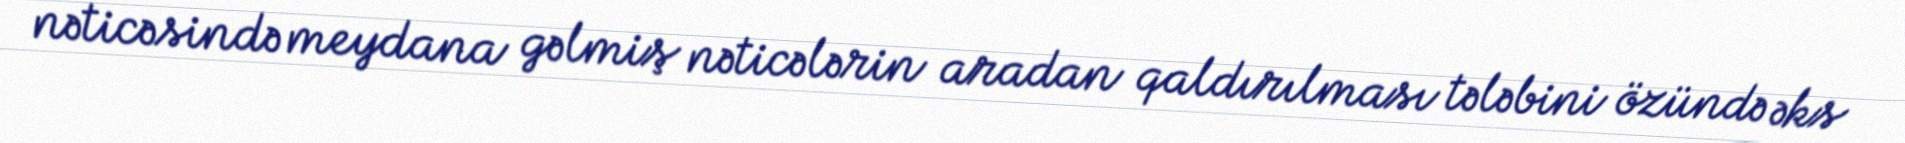
nəticəsində meydana gəlmiş nəticələrin aradan qaldırılması tələbini özündə əks